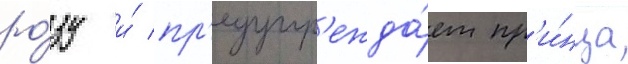
ро́зу и́ пр'едупр'ежда́ет пр'и́нца